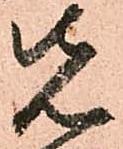
先